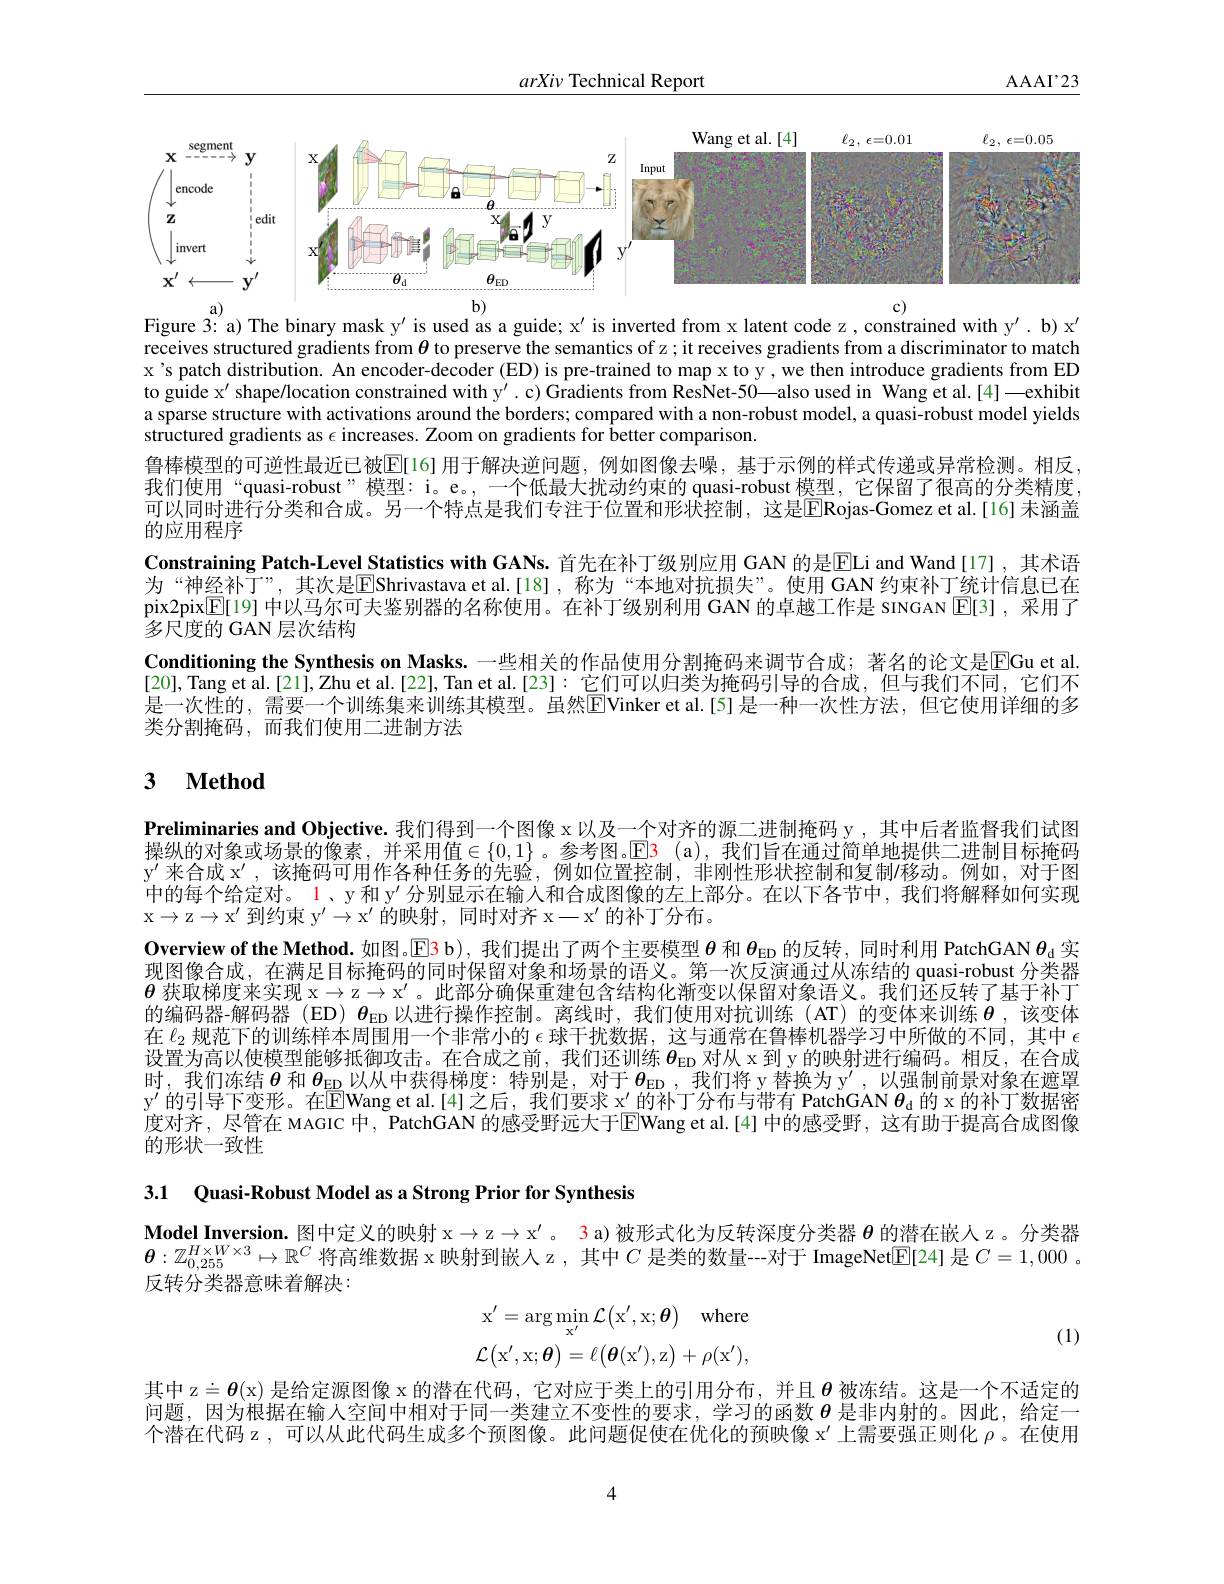
$\underline{arXi\nu\text{ Technical Report}}$

$\mathrm{AAAI}^{,}23$

$x$
<FigureHere>
$Z$ $\mathbf{x}^{\prime}$
$b)$
Figure 3: a) The binary mask y' is used as a guide; x' is inverted from x latent code z, constrained with y'. b) x'

receives structured gradients from $\theta$ to preserve the semantics of z ; it receives gradients from a discriminator to match x's patch distribution. An encoder-decoder (ED) is pre-trained to map x to y, we then introduce gradients from ED to guide x' shape/location constrained with y'. c) Gradients from ResNet-50—also used in Wang et al.[4]—exhibit a sparse structure with activations around the borders; compared with a non-robust model, a quasi-robust model yields structured gradients as $\epsilon$ increases. Zoom on gradients for better comparison.
鲁棒模型的可逆性最近已被$\boxed{\mathrm{E}[16]\text{用于解决逆问题，例如图像去噪，基于示例的样式传递或异常检测。相反}}$ 我们使用“quasi-robust”模型：i。e。,一个低最大扰动约束的 quasi-robust 模型，它保留了很高的分类精度可以同时进行分类和合成。另一个特点是我们专注于位置和形状控制，这是$\hat{\mathrm{E}}$Rojas-Gomez et al.[16] 未涵盖的应用程序
Constraining Patch-Level Statistics with GANs. 首先在补丁级别应用 GAN 的是$\overline{\mathrm{E}}$Li and Wand[17],其术语为“神经补丁”,其次是$\overline{\mathrm{E}}$Shrivastava et al.[18],称为“本地对抗损失”。使用 GAN 约束补丁统计信息已在pix2pix$\underline{\mathbb{E}}[19]$中以马尔可夫鉴别器的名称使用。在补丁级别利用 GAN 的卓越工作是 sINGAN $\underline{\mathbb{E}}[3]$,采用了多尺度的 GAN 层次结构
Conditioning the Synthesis on Masks. 一些相关的作品使用分割掩码来调节合成；著名的论文是$\overline{\mathrm{E}}$Gu et al. [20], Tang et al.[21],Zhu et al.[22], Tan et al.[23]: 它们可以归类为掩码引导的合成，但与我们不同，它们不是一次性的，需要一个训练集来训练其模型。虽然$\overline{\mathrm{E}}$Vinker et al.[5]是一种一次性方法，但它使用详细的多类分割掩码，而我们使用二进制方法

## 3 $\textbf{Method}$

Preliminaries and Objective. 我们得到一个图像 x 以及一个对齐的源二进制掩码 y , 其中后者监督我们试图操纵的对象或场景的像素，并采用值$\in\{0,1\}$。参考图。E3(a),我们旨在通过简单地提供二进制目标掩码$y^{\prime }$ 来 合 成 $x^{\prime }$ , 该 掩 码 可 用 作 各 种 任 务 的 先 验 , 例 如 位 置 控 制 , 非 刚 性 形 状 控 制 和 复 制 / 移 动 。例 如 , 对 于 图 中的每个给定对。1、y 和$y^\prime$分别显示在输人和合成图像的左上部分。在以下各节中，我们将解释如何实现x$\to$z$\to x^{\prime }$ 到约束 $y^{\prime }\to x^{\prime }$ 的映射，同时对齐 x-$x^{\prime }$ 的补丁分布。
Overview of the Method. 如图。$\overline{\mathrm{E}}$3 b), 我们提出了两个主要模型$\theta$和$\theta_\mathrm{ED}$的反转，同时利用 PatchGAN $\theta_\mathrm{d}$实现图像合成，在满足目标掩码的同时保留对象和场景的语义。第一次反演通过从冻结的 quasi-robust 分类器$\boldsymbol{\theta}$获取梯度来实现$\mathfrak{x}\to\mathfrak{z}\to\mathfrak{x}^\prime$。此部分确保重建包含结构化渐变以保留对象语义。我们还反转了基于补丁的编码器-解码器 (ED) $\theta_\mathrm{ED}$以进行操作控制。离线时，我们使用对抗训练 (AT) 的变体来训练$\boldsymbol{\theta}$ ,该变体在$\ell_2$规范下的训练样本周围用一个非常小的 $\epsilon$ 球干扰数据，这与通常在鲁棒机器学习中所做的不同，其中 $\epsilon$ 设置为高以使模型能够抵御攻击。在合成之前，我们还训练$\theta_\mathrm{ED}$对从 x 到 y 的映射进行编码。相反，在合成时，我们冻结$\boldsymbol{\theta}$和$\boldsymbol{\theta}_\mathrm{ED}$以从中获得梯度：特别是，对于$\boldsymbol{\theta}_\mathrm{ED}$ , 我们将 y 替换为 y', 以强制前景对象在遮罩y' 的引导下变形。在E[Wang et al.[4]之后，我们要求 x' 的补丁分布与带有 PatchGAN $\theta_\mathrm{d}$ 的 x 的补丁数据密度对齐，尽管在 MAGIC 中，PatchGAN 的感受野远大于$\overline{\mathrm{E}}$Wang et al.[4] 中的感受野，这有助于提高合成图像的形状一致性

3.1 Quasi-Robust Model as a Strong Prior for Synthesis

Model Inversion. 图中定义的映射x$\to$z$\to x^{\prime }$ a 3 a)被形式化为反转深度分类器$\theta$的潜在嵌人 z。分类器$\boldsymbol{\theta}:\mathbb{Z}_{0,255}^{H\times W\times3}\mapsto\mathbb{R}^C$将高维数据 x 映射到嵌入 z , 其中$C$是类的数量--对于 ImageNet$\underline{\mathrm{E}}[24]$是$C=1,000$ 。反转分类器意味着解决：
$$\begin{array}{l}\mathrm{x'=\arg\min_{x'}\mathcal{L}\big(x',x;\boldsymbol{\theta}\big)\quad where}\\\mathcal{L}\big(\mathrm{x',x;\boldsymbol{\theta}\big)=\ell\big(\boldsymbol{\theta}(x'),z\big)+\rho(x'),}\end{array}$$
(1)

其中 z$\doteq \boldsymbol{\theta }($x)是给定源图像 x 的潜在代码，它对应于类上的引用分布，并且$\boldsymbol{\theta}$被冻结。这是一个不适定的问题，因为根据在输人空间中相对于同一类建立不变性的要求，学习的函数$\boldsymbol{\theta}$是非内射的。因此，给定一个潜在代码 z , 可以从此代码生成多个预图像。此问题促使在优化的预映像 x'上需要强正则化$\rho$。在使用

4